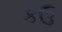
કઉ